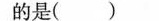
的是( )